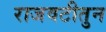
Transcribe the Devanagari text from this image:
राजवटीतुन